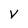
Character: V